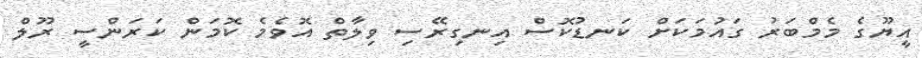
އީޔޫގެ މެމްބަރު ގައުމަކަށް ކަނޑުކޮސް އިނގިރޭސި ވިލާތް އޮވެމެ ކޮމަން ކަރަންސީ ރޫލް